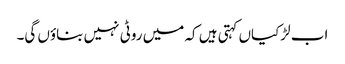
اب لڑکیاں کہتی ہیں کہ میں روٹی نہیں بناؤں گی۔